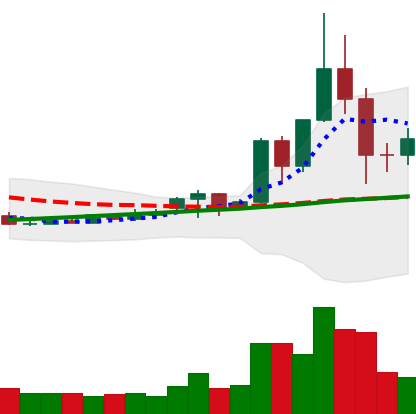
Ticker: TRX-USD
Chart end date: 2020-11-28
Forward return: 3.963%
Label: up_3_5